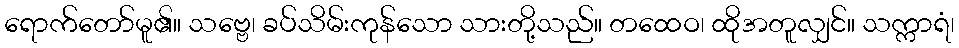
ရောက်တော်မူ၏။ သဗ္ဗေ၊ ခပ်သိမ်းကုန်သော သားတို့သည်။ တထေဝ၊ ထိုအတူလျှင်။ သက္ကာရံ၊